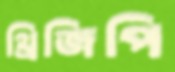
থ্রিজিপি